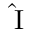
\mathrm { { \hat { I } } }